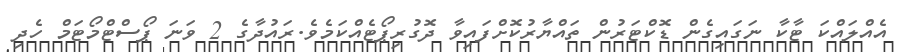
އެއްލައްކަ ޓާކާ ނަގައިގެން ޑޮކްޓަރުން ތައްޔާރުކޮށްފައިވާ ދޮގުރިޕޯޓެއްކަމެވެ.ރައުދާގެ 2 ވަނަ ޕޯސްޓްމޯޓަމް ހެދި